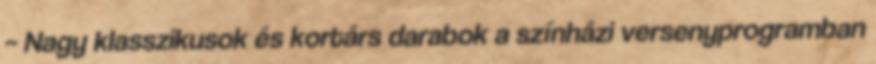
– Nagy klasszikusok és kortárs darabok a színházi versenyprogramban